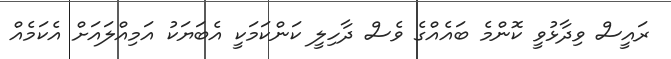
ރައީސް ވިދާޅުވީ ކޮންމެ ބައެއްގެ ވެސް ދާހިލީ ކަންކަމަކީ އެބަޔަކު އަމިއްލައަށް އެކަމެއް